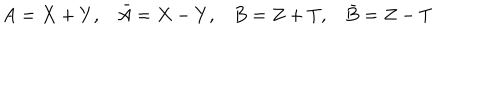
A = X + Y , \bar { A } = X - Y , B = Z + T , \bar { B } = Z - T